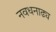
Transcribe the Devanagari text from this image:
नवधनाढ्य